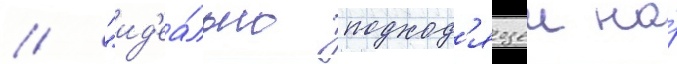
/ "ид'еа́льно подход'ящеи на́